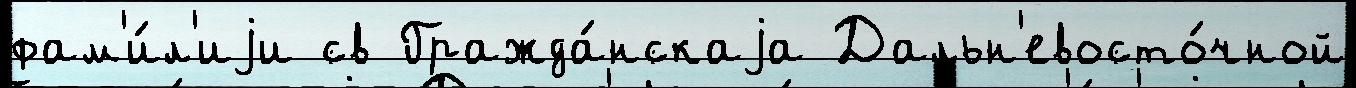
фам'и́л'иjи св Гражда́нскаjа Дальн'евосто́чной